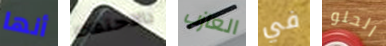
أنها بالاحتفاظ العازب في الحلو